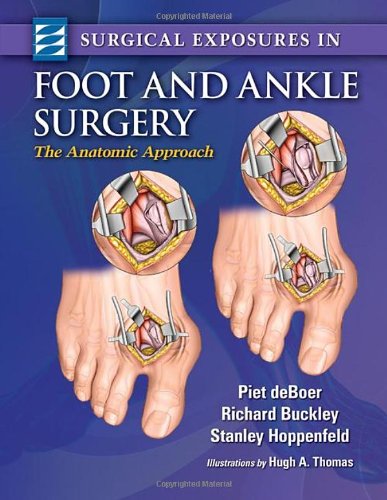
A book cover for Surgical Exposures in Foot & Ankle Surgery: The Anatomic Approach; Piet deBoer MA  FRCS; Medical Books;